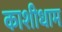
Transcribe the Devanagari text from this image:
काशीधाम